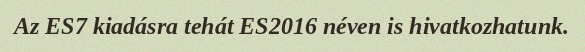
Az ES7 kiadásra tehát ES2016 néven is hivatkozhatunk.